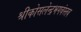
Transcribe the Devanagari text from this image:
श्रीकोसलेन्द्रभगवंस्तव